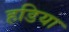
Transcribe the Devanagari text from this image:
हडिया